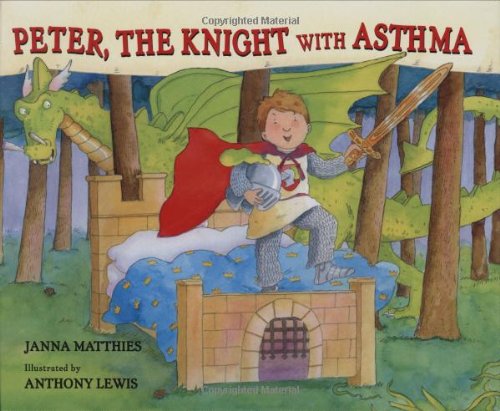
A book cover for Peter, the Knight with Asthma; Janna Matthies; Children's Books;